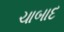
ચાબાદ